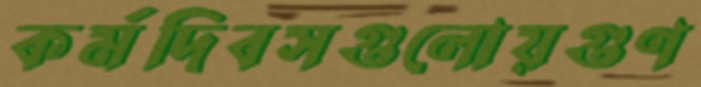
কর্মদিবসগুলোয়গুণ